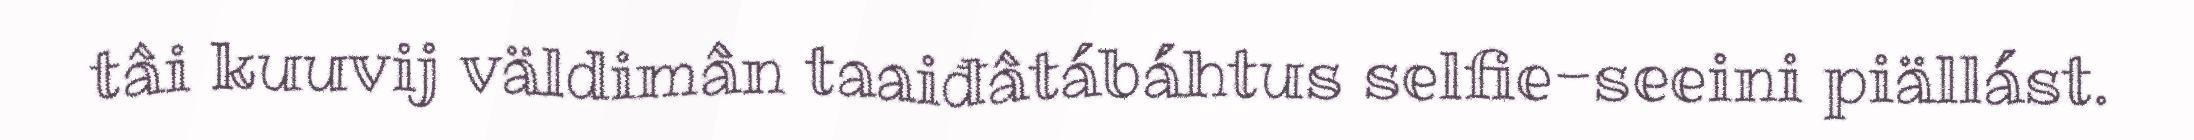
tâi kuuvij väldimân taaiđâtábáhtus selfie-seeini piällást.